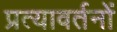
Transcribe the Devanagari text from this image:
प्रत्यावर्तनों